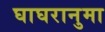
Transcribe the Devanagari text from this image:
घाघरानुमा